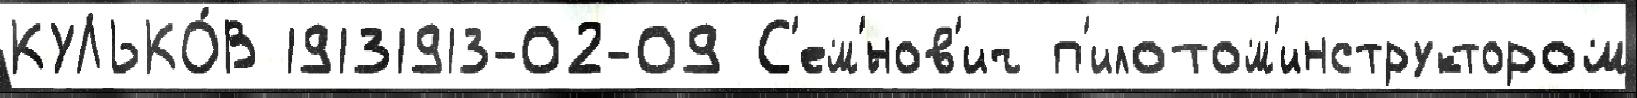
КУЛЬКО́В 19131913-02-09 С'ем'́нов'ич п'илотом'инструктором